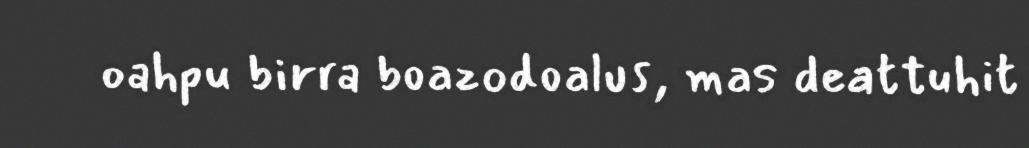
oahpu birra boazodoalus, mas deattuhit